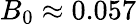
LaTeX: B_{0}\approx 0.057